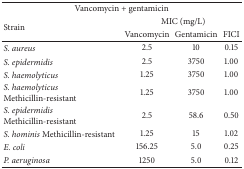
| <COLSPAN=4> Vancomycin + gentamicin |
 | <ROWSPAN=2> Strain | <COLSPAN=3> MIC (mg/L) |
 | Vancomycin | Gentamicin | FICI |
 | --- | --- | --- | --- |
 | S. aureus | 2.5 | 10 | 0.15 |
 | S. epidermidis | 2.5 | 3750 | 1.00 |
 | S. haemolyticus | 1.25 | 3750 | 1.00 |
 | S. haemolyticus Methicillin-resistant | 1.25 | 3750 | 1.00 |
 | S. epidermidis Methicillin-resistant | 2.5 | 58.6 | 0.50 |
 | S. hominis Methicillin-resistant | 1.25 | 15 | 1.02 |
 | E. coli | 156.25 | 5.0 | 0.25 |
 | P. aeruginosa | 1250 | 5.0 | 0.12 |